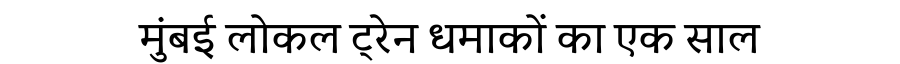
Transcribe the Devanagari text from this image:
मुंबई लोकल ट्रेन धमाकों का एक साल